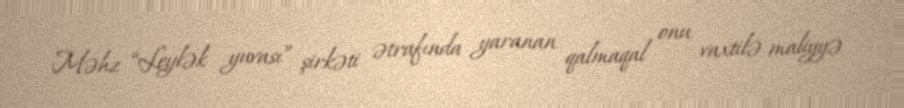
Məhz “Leylək yuvası” şirkəti ətrafında yaranan qalmaqal onu vaxtilə maliyyə